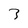
Character: 3